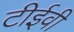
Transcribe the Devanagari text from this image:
टीईवी